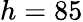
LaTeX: h=85